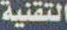
التقنية